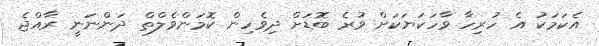
އެކަމަކު އެ ހުރިހާ ވާހަކަޔަކަށް ވުރެ ބޮޑަށް ދިވެހިން ކޮމަންވެލްތް ދަންނަނީ ރާއްޖެ